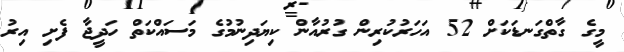
މީގެ ގާތްގަނޑަކަށް 52 އަހަރުކުރިން ގުރުއާން ކިޔަދިނުމުގެ މަސައްކަތް ހަދީޖާ ފެށި އިރު